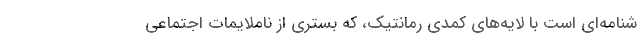
شنامه‌ای است با لایه‌های کمدی رمانتیک، که بستری از ناملایمات اجتماعی